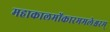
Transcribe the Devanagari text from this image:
महाकालमोंकारममलेश्वरम्